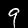
Label: 9